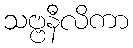
သဗ္ဗနီလိကာ